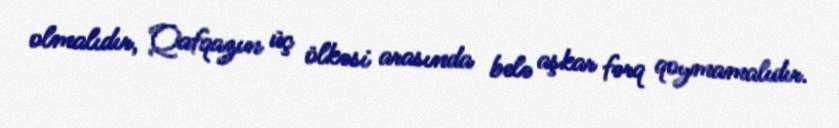
olmalıdır, Qafqazın üç ölkəsi arasında belə aşkar fərq qoymamalıdır.